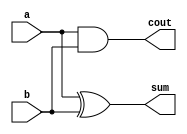
`timescale 1ns / 1ps

module half_adder(
    input a,b,
    output sum,cout
    );
    
    xor  m1(sum, a,b);
    and  m2(cout ,a,b);
    
endmodule